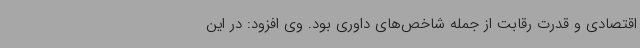
اقتصادی و قدرت رقابت از جمله شاخص‌های داوری بود. وی افزود: در این